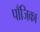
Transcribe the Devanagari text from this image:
पाँजिका